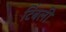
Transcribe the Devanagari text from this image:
टिंबली